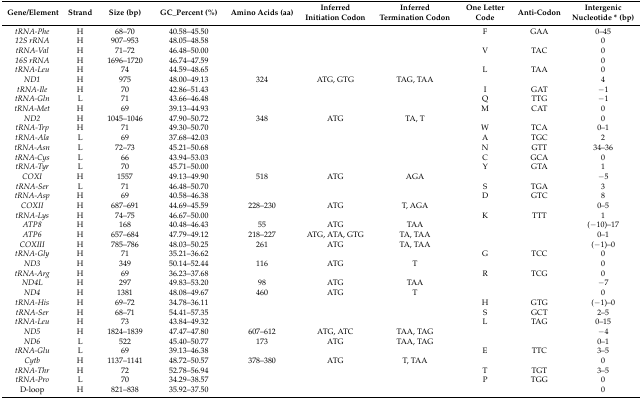
<table><thead><tr><td><b>Gene/Element</b></td><td><b>Strand</b></td><td><b>Size (bp)</b></td><td><b>GC_Percent (%)</b></td><td><b>Amino Acids (aa)</b></td><td><b>Inferred Initiation Codon</b></td><td><b>Inferred Termination Codon</b></td><td><b>One Letter Code</b></td><td><b>Anti-Codon</b></td><td><b>Intergenic Nucleotide * (bp)</b></td></tr></thead><tbody><tr><td><i>tRNA-Phe</i></td><td>H</td><td>68–70</td><td>40.58–45.50</td><td></td><td></td><td></td><td>F</td><td>GAA</td><td>0–45</td></tr><tr><td><i>12S</i><i>rRNA</i></td><td>H</td><td>907–953</td><td>48.05–48.58</td><td></td><td></td><td></td><td></td><td></td><td>0</td></tr><tr><td><i>tRNA-Val</i></td><td>H</td><td>71–72</td><td>46.48–50.00</td><td></td><td></td><td></td><td>V</td><td>TAC</td><td>0</td></tr><tr><td><i>16S</i><i>rRNA</i></td><td>H</td><td>1696–1720</td><td>46.74–47.59</td><td></td><td></td><td></td><td></td><td></td><td>0</td></tr><tr><td><i>tRNA-Leu</i></td><td>H</td><td>74</td><td>44.59–48.65</td><td></td><td></td><td></td><td>L</td><td>TAA</td><td>0</td></tr><tr><td><i>ND1</i></td><td>H</td><td>975</td><td>48.00–49.13</td><td>324</td><td>ATG, GTG</td><td>TAG, TAA</td><td></td><td></td><td>4</td></tr><tr><td><i>tRNA-Ile</i></td><td>H</td><td>70</td><td>42.86–51.43</td><td></td><td></td><td></td><td>I</td><td>GAT</td><td>−1</td></tr><tr><td><i>tRNA-Gln</i></td><td>L</td><td>71</td><td>43.66–46.48</td><td></td><td></td><td></td><td>Q</td><td>TTG</td><td>−1</td></tr><tr><td><i>tRNA-Met</i></td><td>H</td><td>69</td><td>39.13–44.93</td><td></td><td></td><td></td><td>M</td><td>CAT</td><td>0</td></tr><tr><td><i>ND2</i></td><td>H</td><td>1045–1046</td><td>47.90–50.72</td><td>348</td><td>ATG</td><td>TA, T</td><td></td><td></td><td>0</td></tr><tr><td><i>tRNA-Trp</i></td><td>H</td><td>71</td><td>49.30–50.70</td><td></td><td></td><td></td><td>W</td><td>TCA</td><td>0–1</td></tr><tr><td><i>tRNA-Ala</i></td><td>L</td><td>69</td><td>37.68–42.03</td><td></td><td></td><td></td><td>A</td><td>TGC</td><td>2</td></tr><tr><td><i>tRNA-Asn</i></td><td>L</td><td>72–73</td><td>45.21–50.68</td><td></td><td></td><td></td><td>N</td><td>GTT</td><td>34–36</td></tr><tr><td><i>tRNA-Cys</i></td><td>L</td><td>66</td><td>43.94–53.03</td><td></td><td></td><td></td><td>C</td><td>GCA</td><td>0</td></tr><tr><td><i>tRNA-Tyr</i></td><td>L</td><td>70</td><td>45.71–50.00</td><td></td><td></td><td></td><td>Y</td><td>GTA</td><td>1</td></tr><tr><td><i>COXI</i></td><td>H</td><td>1557</td><td>49.13–49.90</td><td>518</td><td>ATG</td><td>AGA</td><td></td><td></td><td>−5</td></tr><tr><td><i>tRNA-Ser</i></td><td>L</td><td>71</td><td>46.48–50.70</td><td></td><td></td><td></td><td>S</td><td>TGA</td><td>3</td></tr><tr><td><i>tRNA-Asp</i></td><td>H</td><td>69</td><td>40.58–46.38</td><td></td><td></td><td></td><td>D</td><td>GTC</td><td>8</td></tr><tr><td><i>COXII</i></td><td>H</td><td>687–691</td><td>44.69–45.59</td><td>228–230</td><td>ATG</td><td>T, AGA</td><td></td><td></td><td>0–5</td></tr><tr><td><i>tRNA-Lys</i></td><td>H</td><td>74–75</td><td>46.67–50.00</td><td></td><td></td><td></td><td>K</td><td>TTT</td><td>1</td></tr><tr><td><i>ATP8</i></td><td>H</td><td>168</td><td>40.48–46.43</td><td>55</td><td>ATG</td><td>TAA</td><td></td><td></td><td>(−10)–17</td></tr><tr><td><i>ATP6</i></td><td>H</td><td>657–684</td><td>47.79–49.12</td><td>218–227</td><td>ATG, ATA, GTG</td><td>TA, TAA</td><td></td><td></td><td>0–1</td></tr><tr><td><i>COXIII</i></td><td>H</td><td>785–786</td><td>48.03–50.25</td><td>261</td><td>ATG</td><td>TA, TAA</td><td></td><td></td><td>(−1)–0</td></tr><tr><td><i>tRNA-Gly</i></td><td>H</td><td>71</td><td>35.21–36.62</td><td></td><td></td><td></td><td>G</td><td>TCC</td><td>0</td></tr><tr><td><i>ND3</i></td><td>H</td><td>349</td><td>50.14–52.44</td><td>116</td><td>ATG</td><td>T</td><td></td><td></td><td>0</td></tr><tr><td><i>tRNA-Arg</i></td><td>H</td><td>69</td><td>36.23–37.68</td><td></td><td></td><td></td><td>R</td><td>TCG</td><td>0</td></tr><tr><td><i>ND4L</i></td><td>H</td><td>297</td><td>49.83–53.20</td><td>98</td><td>ATG</td><td>TAA</td><td></td><td></td><td>−7</td></tr><tr><td><i>ND4</i></td><td>H</td><td>1381</td><td>48.08–49.67</td><td>460</td><td>ATG</td><td>T</td><td></td><td></td><td>0</td></tr><tr><td><i>tRNA-His</i></td><td>H</td><td>69–72</td><td>34.78–36.11</td><td></td><td></td><td></td><td>H</td><td>GTG</td><td>(−1)–0</td></tr><tr><td><i>tRNA-Ser</i></td><td>H</td><td>68–71</td><td>54.41–57.35</td><td></td><td></td><td></td><td>S</td><td>GCT</td><td>2–5</td></tr><tr><td><i>tRNA-Leu</i></td><td>H</td><td>73</td><td>43.84–49.32</td><td></td><td></td><td></td><td>L</td><td>TAG</td><td>0–15</td></tr><tr><td><i>ND5</i></td><td>H</td><td>1824–1839</td><td>47.47–47.80</td><td>607–612</td><td>ATG, ATC</td><td>TAA, TAG</td><td></td><td></td><td>−4</td></tr><tr><td><i>ND6</i></td><td>L</td><td>522</td><td>45.40–50.77</td><td>173</td><td>ATG</td><td>TAA, TAG</td><td></td><td></td><td>0–1</td></tr><tr><td><i>tRNA-Glu</i></td><td>L</td><td>69</td><td>39.13–46.38</td><td></td><td></td><td></td><td>E</td><td>TTC</td><td>3–5</td></tr><tr><td><i>Cytb</i></td><td>H</td><td>1137–1141</td><td>48.72–50.57</td><td>378–380</td><td>ATG</td><td>T, TAA</td><td></td><td></td><td>0</td></tr><tr><td><i>tRNA-Thr</i></td><td>H</td><td>72</td><td>52.78–56.94</td><td></td><td></td><td></td><td>T</td><td>TGT</td><td>3–5</td></tr><tr><td><i>tRNA-Pro</i></td><td>L</td><td>70</td><td>34.29–38.57</td><td></td><td></td><td></td><td>P</td><td>TGG</td><td>0</td></tr><tr><td>D-loop</td><td>H</td><td>821–838</td><td>35.92–37.50</td><td></td><td></td><td></td><td></td><td></td><td>0</td></tr></tbody></table>